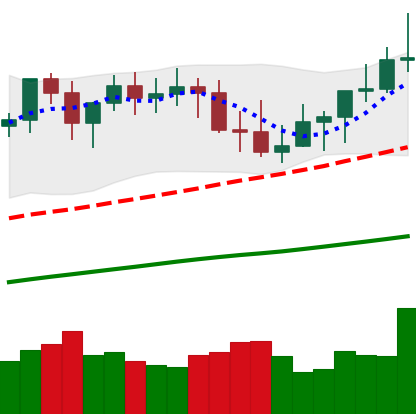
Ticker: XMR-USD
Chart end date: 2021-03-31
Forward return: 7.22%
Label: up_7plus